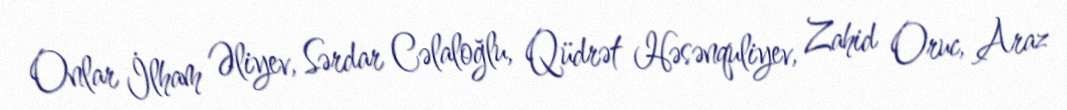
Onlar İlham Əliyev, Sərdar Cəlaloğlu, Qüdrət Həsənquliyev, Zahid Oruc, Araz